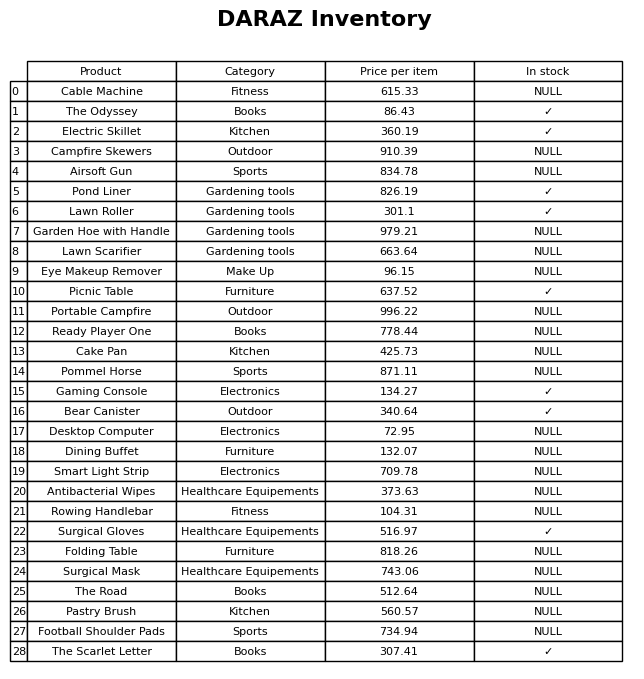
question: What category does the Pastry Brush belong to?
answer: Kitchen